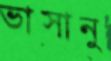
ভাসানু